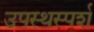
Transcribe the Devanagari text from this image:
उपस्थस्पर्श